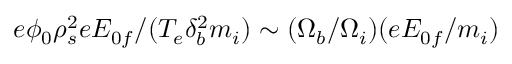
e \phi _ { 0 } \rho _ { s } ^ { 2 } e E _ { 0 f } / ( T _ { e } \delta _ { b } ^ { 2 } m _ { i } ) \sim ( \Omega _ { b } / \Omega _ { i } ) ( e E _ { 0 f } / m _ { i } )